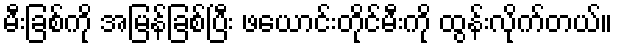
မီးခြစ်ကို အမြန်ခြစ်ပြီး ဖယောင်းတိုင်မီးကို ထွန်းလိုက်တယ်။